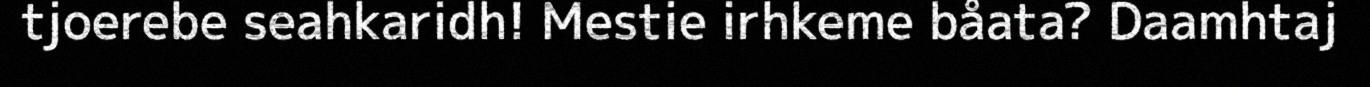
tjoerebe seahkaridh! Mestie irhkeme båata? Daamhtaj